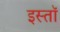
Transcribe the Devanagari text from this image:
इस्तॉ